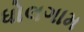
ધોલગામ